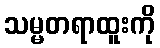
သမ္မတရာထူးကို